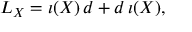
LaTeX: { \cal L } _ { X } = \imath ( X ) \, d + d \, \imath ( X ) ,